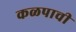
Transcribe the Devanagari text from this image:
कळपाची